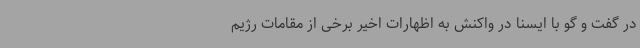
در گفت و گو با ایسنا در واکنش به اظهارات اخیر برخی از مقامات رژیم